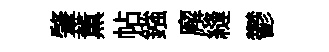
肇薫帖鏹廨縫鬱